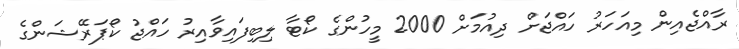
ރާއްޖެއިން މިއަހަރު ހައްޖަށް ދިއުމަށް 2000 މީހުންގެ ކޯޓާ ލިބިފައިވާއިރު ހައްޖު ކޯޕަރޭޝަންގެ